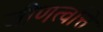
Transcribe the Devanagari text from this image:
जीणर्त्वात्ते